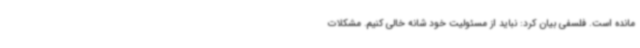
مانده است. فلسفی بیان کرد: نباید از مسئولیت خود شانه خالی کنیم. مشکلات